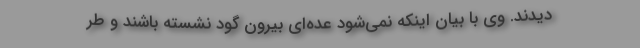
دیدند. وی با بیان اینکه نمی‌شود عده‌ای بیرون گود نشسته باشند و طر